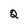
Character: 2